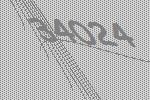
34024